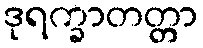
ဒုရက္ခာတတ္တာ